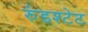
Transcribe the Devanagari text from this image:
रुंडश्टेट